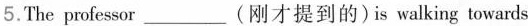
5.The professor_(刚才提到的)is walking towards